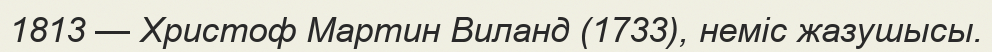
1813 — Христоф Мартин Виланд (1733), неміс жазушысы.